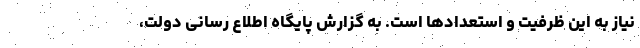
نیاز به این ظرفیت و استعدادها است. به گزارش پایگاه اطلاع رسانی دولت،